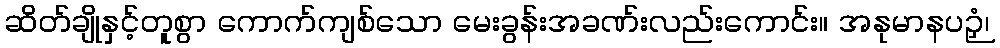
ဆိတ်ချိုနှင့်တူစွာ ကောက်ကျစ်သော မေးခွန်းအခဏ်းလည်းကောင်း။ အနုမာနပဉှံ၊